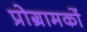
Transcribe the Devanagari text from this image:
प्रोग्रामकों